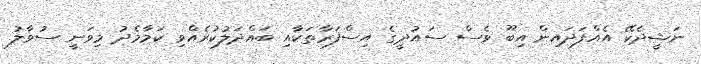
ނަޝީދެކޭ އެއްފަދައިން އިބޫ ވެސް ސައުދީގެ އިސްފަރާތަކާއި ބައްދަލުކުރެއްވި ކަމާމެދު މިވަނީ ސުވާލު